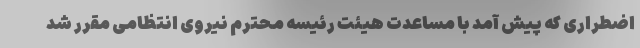
اضطراری که پیش آمد با مساعدت هیئت رئیسه محترم نیروی انتظامی مقرر شد